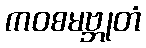
ကဝစမဗ္ဘုတံ